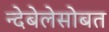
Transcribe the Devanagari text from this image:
न्देबेलेसोबत